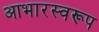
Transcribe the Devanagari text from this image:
आभारस्वरूप